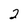
Character: 2